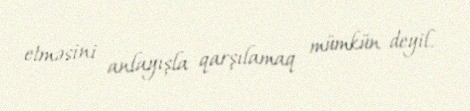
etməsini anlayışla qarşılamaq mümkün deyil.